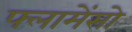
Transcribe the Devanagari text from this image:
फ्लामेंसो